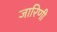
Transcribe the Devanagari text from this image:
जारिणी